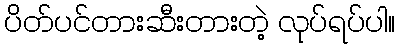
ပိတ်ပင်တားဆီးတားတဲ့ လုပ်ရပ်ပါ။